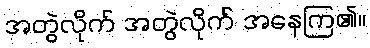
အတွဲလိုက် အတွဲလိုက် အနေကြ၏။